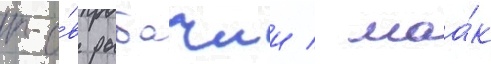
п-о́в рыбачии / маа́к